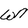
Character: W